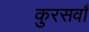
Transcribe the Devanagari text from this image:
कुरसवाँ